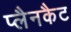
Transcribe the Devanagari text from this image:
प्लैनकैट